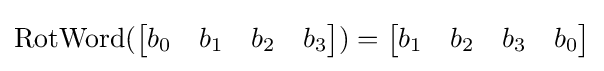
\operatorname {RotWord} ({\begin{bmatrix}b_{0}&b_{1}&b_{2}&b_{3}\end{bmatrix}})={\begin{bmatrix}b_{1}&b_{2}&b_{3}&b_{0}\end{bmatrix}}